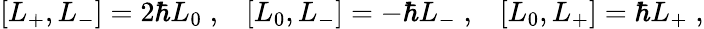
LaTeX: \left[L_{+},L_{-}\right]=2\hbar L_{0}\; ,\; \; \; \left[L_{0},L_{-}\right]=-\hbar L_{-}\; ,\; \; \; \left[L_{0},L_{+}\right]=\hbar L_{+}\; ,